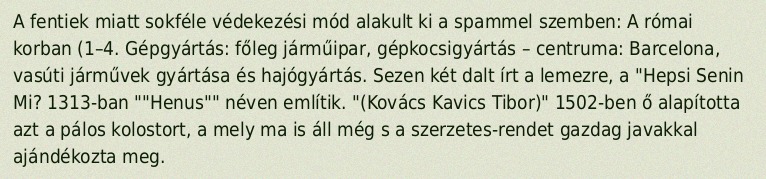
A fentiek miatt sokféle védekezési mód alakult ki a spammel szemben: A római korban (1–4. Gépgyártás: főleg járműipar, gépkocsigyártás – centruma: Barcelona, vasúti járművek gyártása és hajógyártás. Sezen két dalt írt a lemezre, a "Hepsi Senin Mi? 1313-ban ""Henus"" néven említik. "(Kovács Kavics Tibor)" 1502-ben ő alapította azt a pálos kolostort, a mely ma is áll még s a szerzetes-rendet gazdag javakkal ajándékozta meg.